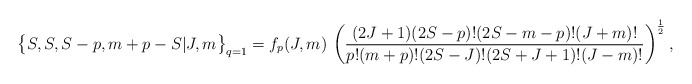
\begin{align*} \bigl\{ S , S , S-p , m+p-S | J , m \bigr\}_{q=1} = f_p(J,m) \, \left(\frac{(2J+1)(2S-p)!(2S-m-p)!(J+m)!} {p! (m+p)! (2S-J)! (2S+J+1)! (J-m)!}\right)^{\frac 12} ,\end{align*}